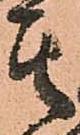
其